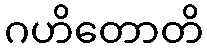
ဂဟိတောတိ